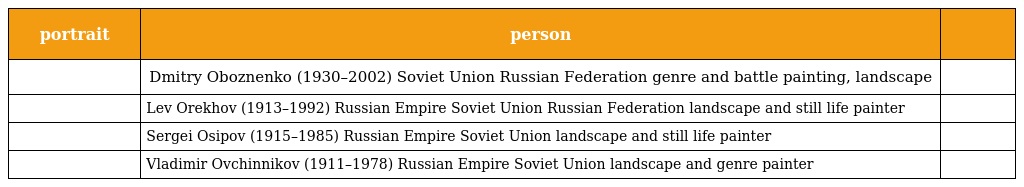
| portrait | person |  |
 | --- | --- | --- |
 |  | Dmitry Oboznenko (1930–2002) Soviet Union Russian Federation genre and battle painting, landscape |  |
 |  | Lev Orekhov (1913–1992) Russian Empire Soviet Union Russian Federation landscape and still life painter |  |
 |  | Sergei Osipov (1915–1985) Russian Empire Soviet Union landscape and still life painter |  |
 |  | Vladimir Ovchinnikov (1911–1978) Russian Empire Soviet Union landscape and genre painter |  |